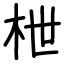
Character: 枻